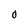
Character: O